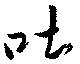
吐